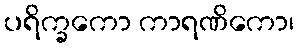
ပရိက္ခကော ကာရဏိကော၊